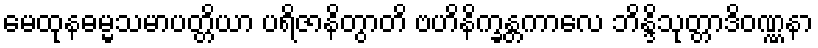
မေထုနဓမ္မသမာပတ္တိယာ ပရိဇာနိတွာတိ ဗဟိနိက္ခန္တကာလေ ဘိန္ဒိသုတ္တာဒိဝဏ္ဏနာ